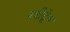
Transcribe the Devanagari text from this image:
स्त्रीद्वेष